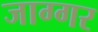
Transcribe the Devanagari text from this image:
जाग्गर